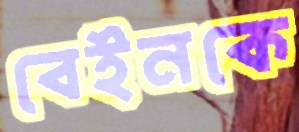
বেইনকে